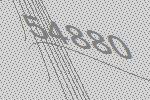
54880